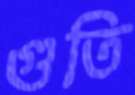
গুতি